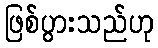
ဖြစ်ပွားသည်ဟု